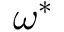
\omega ^ { * }